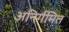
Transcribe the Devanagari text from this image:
अनिर्गमित